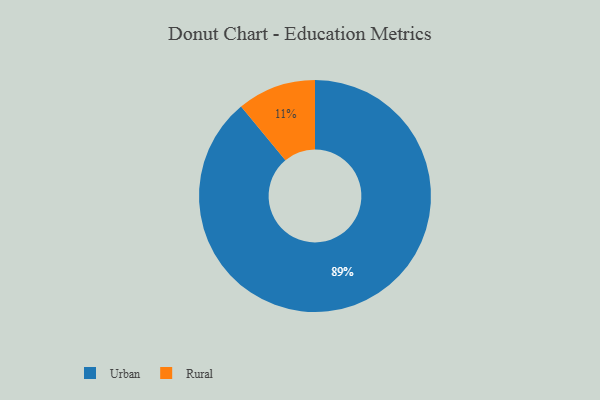
{"axis": {"x": "Category", "y": "Percentage"}, "legend": ["Rural", "Urban"], "data": [{"x": "Urban", "y": 89, "type": "Urban"}, {"x": "Rural", "y": 11, "type": "Rural"}]}